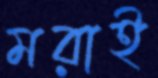
মরাই